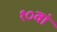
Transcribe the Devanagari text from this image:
१०वां